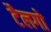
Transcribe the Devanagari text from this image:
टैलगो